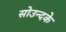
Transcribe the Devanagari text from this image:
सोउन्दके